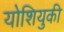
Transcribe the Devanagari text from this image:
योशियुकी